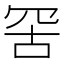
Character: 𦊙